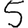
Digit: 5